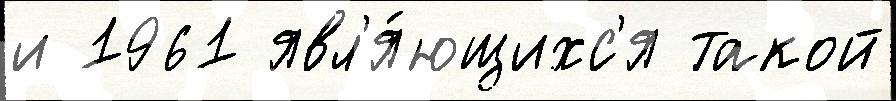
и 1961 явл'я́ющихс'я такой